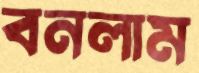
বনলাম